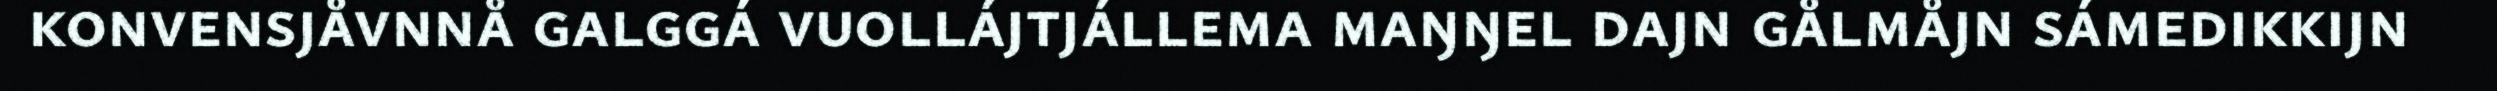
konvensjåvnnå galggá vuollájtjállema maŋŋel dajn gålmåjn sámedikkijn